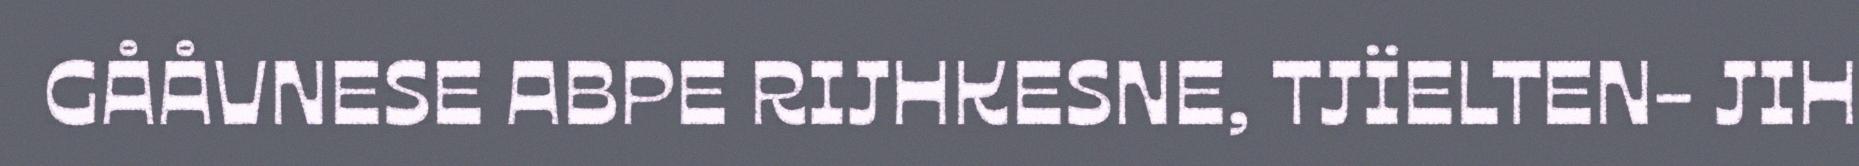
GÅÅVNESE ABPE RIJHKESNE, TJÏELTEN- JIH